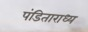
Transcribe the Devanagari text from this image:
पंडिताराध्य